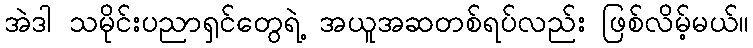
အဲဒါ သမိုင်းပညာရှင်တွေရဲ့ အယူအဆတစ်ရပ်လည်း ဖြစ်လိမ့်မယ်။